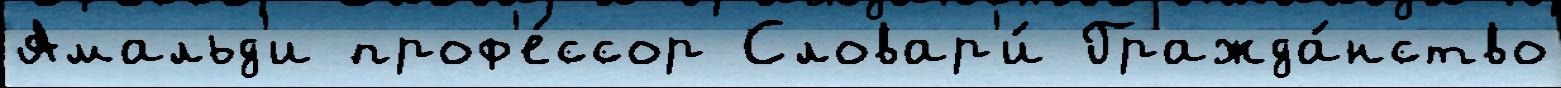
Амальд'и проф'е́ссор Словар'и́ Гражда́нство